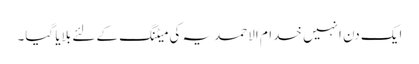
ایک دن انہیں خدام الاحمدیہ کی میٹنگ کے لئے بلایا گیا۔